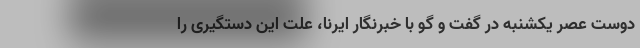
دوست عصر یکشنبه در گفت‌ و گو با خبرنگار ایرنا، علت این دستگیری را